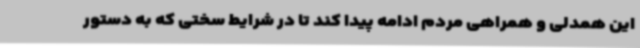
این همدلی و همراهی مردم ادامه پیدا کند تا در شرایط سختی که به دستور